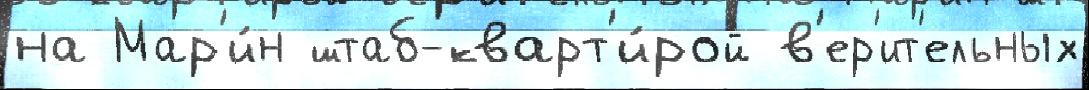
на Мар'и́н штаб-кварт'и́рой в'ер'ит'ельных